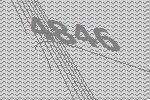
4846